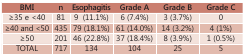
<table><thead><tr><td><b>BMI</b></td><td><b>n</b></td><td><b>Esophagitis</b></td><td><b>Grade A</b></td><td><b>Grade B</b></td><td><b>Grade C</b></td></tr></thead><tbody><tr><td>≥35 e &lt;40</td><td>81</td><td>9 (11.1%) </td><td>6 (7.4%) </td><td>3 (3.7%) </td><td>0 </td></tr><tr><td>≥40 and &lt;50 </td><td>435 </td><td>79 (18.1%) </td><td>61 (14.0%) </td><td>14 (3.2%) </td><td>4 (1%) </td></tr><tr><td>≥50 </td><td>201 </td><td>46 (22.8%) </td><td>37 (18.4%) </td><td>8 (3.9%) </td><td>1 (0.5%) </td></tr><tr><td>TOTAL </td><td>717 </td><td>134 </td><td>104 </td><td>25 </td><td>5 </td></tr></tbody></table>